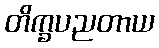
တိက္ခပညတာယ